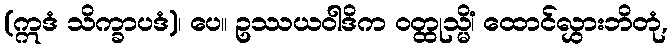
(ဣဒံ သိက္ခာပဒံ)၊ ပေ။ ဥဿယဝါဒိက ဝတ္ထုသ္မိံ၊ ထောင်လွှားဘိတုံ,